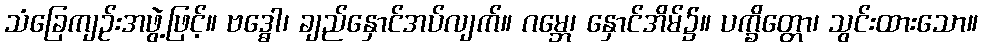
သံခြေကျဉ်းအဖွဲ့ဖြင့်။ ဗဒ္ဓေါ၊ ချည်နှောင်အပ်လျက်။ ဂမ္ဘေ၊ နှောင်အိမ်၌။ ပက္ခိတ္တော၊ သွင်းထားသော။